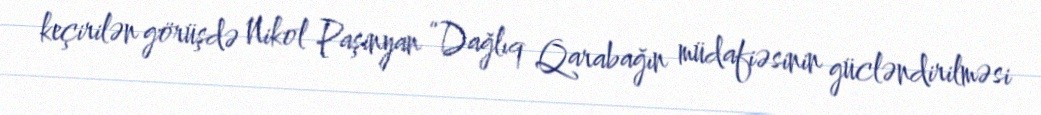
keçirilən görüşdə Nikol Paşinyan “Dağlıq Qarabağın müdafiəsinin gücləndirilməsi